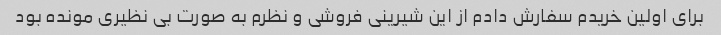
برای اولین خریدم سفارش دادم از این شیرینی فروشی و نظرم به صورت بی نظیری مونده بود